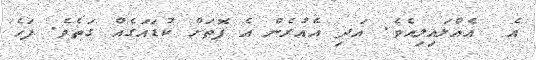
އެ  އެއްލައިލިއެވެ. އަދި އެއުރެން އެ ފޮތަށް ކުޑައަގެއް ގަތެވެ. ފަހެ